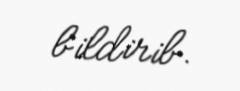
bildirib.